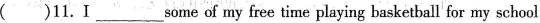
( )11.Ⅰ ____some of my free time playing basketball for my school.